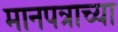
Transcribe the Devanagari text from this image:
मानपत्राच्या